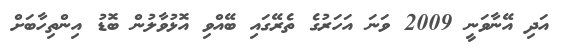
އަދި އޭނާވަނީ 2009 ވަނަ އަހަރުގެ ތެރޭގައި ބޭއްވި އޮޅުވާލުން ބޮޑު އިންތިހާބަށް